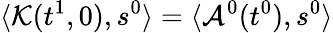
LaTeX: \langle\mathcal{K}(t^{1},0),s^{0}\rangle=\langle\mathcal{A}^{0}(t^{0}),s^{0}\rangle